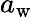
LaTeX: a_{\mathrm{w}}